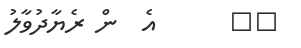
٢٠      އެ  ން ރެޔާދުވާލު